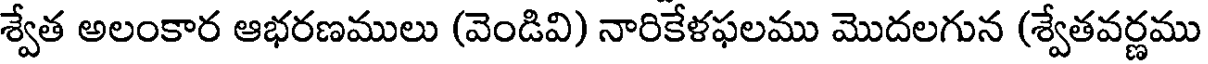
శ్వేత అలంకార ఆభరణములు (వెండివి) నారికేళఫలము మొదలగున (శ్వేతవర్ణము